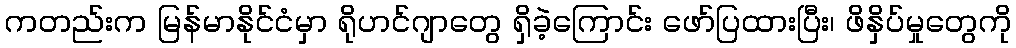
ကတည်းက မြန်မာနိုင်ငံမှာ ရိုဟင်ဂျာတွေ ရှိခဲ့ကြောင်း ဖော်ပြထားပြီး၊ ဖိနှိပ်မှုတွေကို